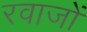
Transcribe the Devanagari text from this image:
रवाजों